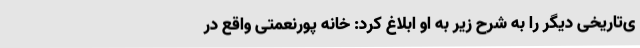
ی‌تاریخی دیگر را به شرح زیر به او ابلاغ کرد: خانه پورنعمتی واقع در